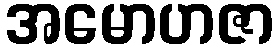
အမောဟဇာ